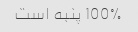
100% پنبه است